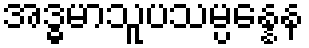
အဒ္ဓမာသူပသမ္ပန္နေန